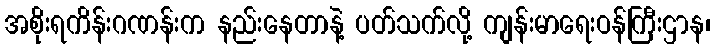
အစိုးရကိန်းဂဏန်းက နည်းနေတာနဲ့ ပတ်သက်လို့ ကျန်းမာရေးဝန်ကြီးဌာန၊